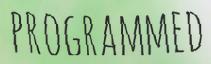
PROGRAMMED